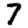
Digit: 7